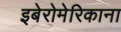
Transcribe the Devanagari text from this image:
इबेरोमेरिकाना